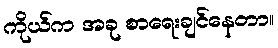
ကိုယ်က အခု စာရေးချင်နေတာ။